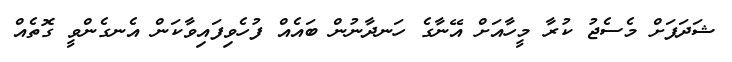
ޝަދަފަށް މެސެޖު ކުރާ މީހާއަށް އޭނާގެ ހަނދާނުން ބައެއް ފުހެވިފައިވާކަން އެނގެންވީ ގޮތެއް